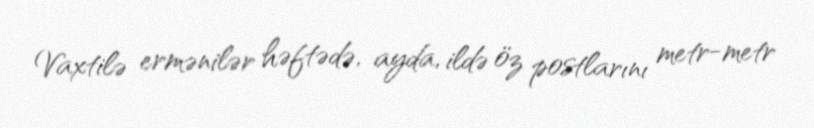
Vaxtilə ermənilər həftədə, ayda, ildə öz postlarını metr-metr